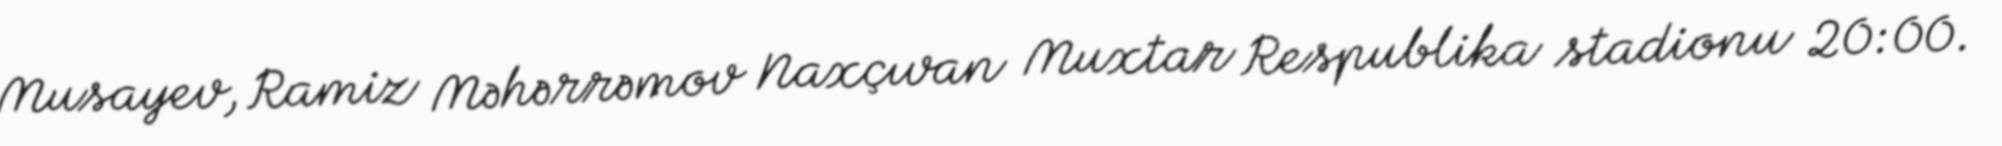
Musayev, Ramiz Məhərrəmov Naxçıvan Muxtar Respublika stadionu 20:00.